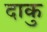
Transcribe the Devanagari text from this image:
दाकु